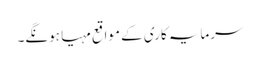
سرمایہ کاری کے مواقع مہیا ہونگے۔